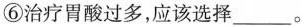
⑥治疗胃酸过多，应该选择___。